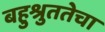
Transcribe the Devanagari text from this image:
बहुश्रुततेचा